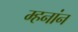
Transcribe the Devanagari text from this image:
म्हनांन